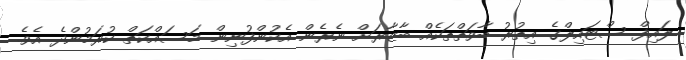
ލައިފް ސްޓައިލްގެ އިތުރު ބާވަތްތަކެއް ބާޒާރަށް ނެރެން އެކުންފުނިން މަސައްކަތް ކުރަމުންދެ އެވެ.